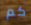
كم